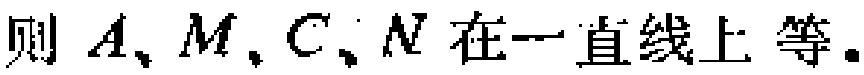
则 \(A、M、C、N\) 在一直线上 等.